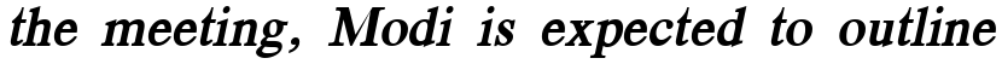
the meeting, Modi is expected to outline